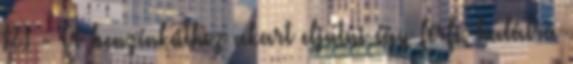
R1 - A benzínkúthoz akart eljutni egy férfi, halálra